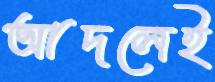
আদলেই